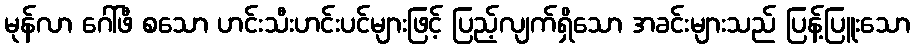
မုန်လာ ဂေါ်ဖီ စသော ဟင်းသီးဟင်းပင်များဖြင့် ပြည့်လျက်ရှိသော အခင်းများသည် ပြန့်ပြူးသော